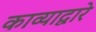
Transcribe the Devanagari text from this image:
काव्याद्वारे